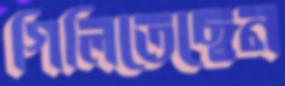
গিলিতেছেন